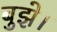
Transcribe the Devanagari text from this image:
बुझे।